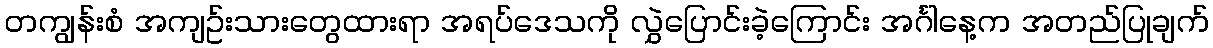
တကျွန်းစံ အကျဥ်းသားတွေထားရာ အရပ်ဒေသကို လွှဲပြောင်းခဲ့ကြောင်း အင်္ဂါနေ့က အတည်ပြုချက်